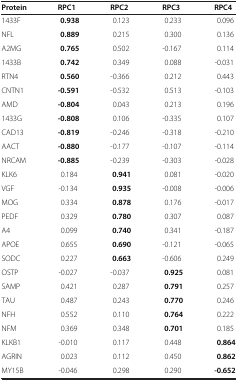
| Protein | RPC1 | RPC2 | RPC3 | RPC4 |
 | --- | --- | --- | --- | --- |
 | 1433F | 0.938 | 0.123 | 0.233 | 0.096 |
 | NFL | 0.889 | 0.215 | 0.300 | 0.136 |
 | A2MG | 0.765 | 0.502 | -0.167 | 0.114 |
 | 1433B | 0.742 | 0.349 | 0.088 | -0.031 |
 | RTN4 | 0.560 | -0.366 | 0.212 | 0.443 |
 | CNTN1 | -0.591 | -0.532 | 0.513 | -0.103 |
 | AMD | -0.804 | 0.043 | 0.213 | 0.196 |
 | 1433G | -0.808 | 0.106 | -0.335 | 0.107 |
 | CAD13 | -0.819 | -0.246 | -0.318 | -0.210 |
 | AACT | -0.880 | -0.177 | -0.107 | -0.114 |
 | NRCAM | -0.885 | -0.239 | -0.303 | -0.028 |
 | KLK6 | 0.184 | 0.941 | 0.081 | -0.020 |
 | VGF | -0.134 | 0.935 | -0.008 | -0.006 |
 | MOG | 0.334 | 0.878 | 0.176 | -0.017 |
 | PEDF | 0.329 | 0.780 | 0.307 | 0.087 |
 | A4 | 0.099 | 0.740 | 0.341 | -0.187 |
 | APOE | 0.655 | 0.690 | -0.121 | -0.065 |
 | SODC | 0.227 | 0.663 | -0.606 | 0.249 |
 | OSTP | -0.027 | -0.037 | 0.925 | 0.081 |
 | SAMP | 0.421 | 0.287 | 0.791 | 0.257 |
 | TAU | 0.487 | 0.243 | 0.770 | 0.246 |
 | NFH | 0.552 | 0.110 | 0.764 | 0.222 |
 | NFM | 0.369 | 0.348 | 0.701 | 0.185 |
 | KLKB1 | -0.010 | 0.117 | 0.448 | 0.864 |
 | AGRIN | 0.023 | 0.112 | 0.450 | 0.862 |
 | MY15B | -0.046 | 0.298 | 0.290 | -0.652 |